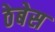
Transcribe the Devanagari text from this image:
ठेबेस